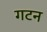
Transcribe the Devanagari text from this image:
गटन